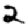
Digit: 2